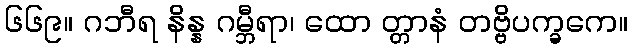
၆၆၉။ ဂဘီရ နိန္န ဂမ္ဘီရာ၊ ထော တ္တာနံ တဗ္ဗိပက္ခကေ။